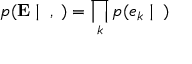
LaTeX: p ( \mathbf { E } \mid \mathbf { \theta } , \mathbf { \alpha } ) = \prod _ { k } p ( e _ { k } \mid \mathbf { \theta } )